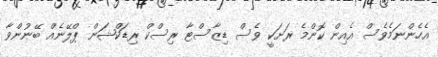
އެހެންނަމެވެސް އެއިން ކޮންމެ ރަށަކީ ވެސް ޑިޒާސްޓާ ރިސްކް ރިޑަކްޝަން ޕްލޭނެއް ބޭނުންވާ